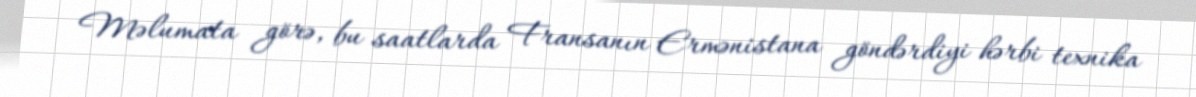
Məlumata görə, bu saatlarda Fransanın Ermənistana göndərdiyi hərbi texnika